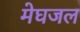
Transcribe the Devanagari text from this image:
मेघजल